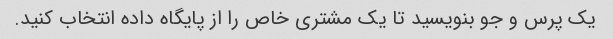
یک پرس و جو بنویسید تا یک مشتری خاص را از پایگاه داده انتخاب کنید.